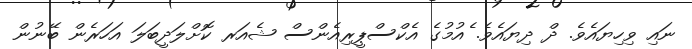
ނައި ވިހިޔައެވެ. ދް ދިޔައެވެ. ެއުމުގެ އެކްސްޕީރިއެންސް ޝެއަރ ކޮށްލަދީބަލަ އަހަރެން ބޭނުން